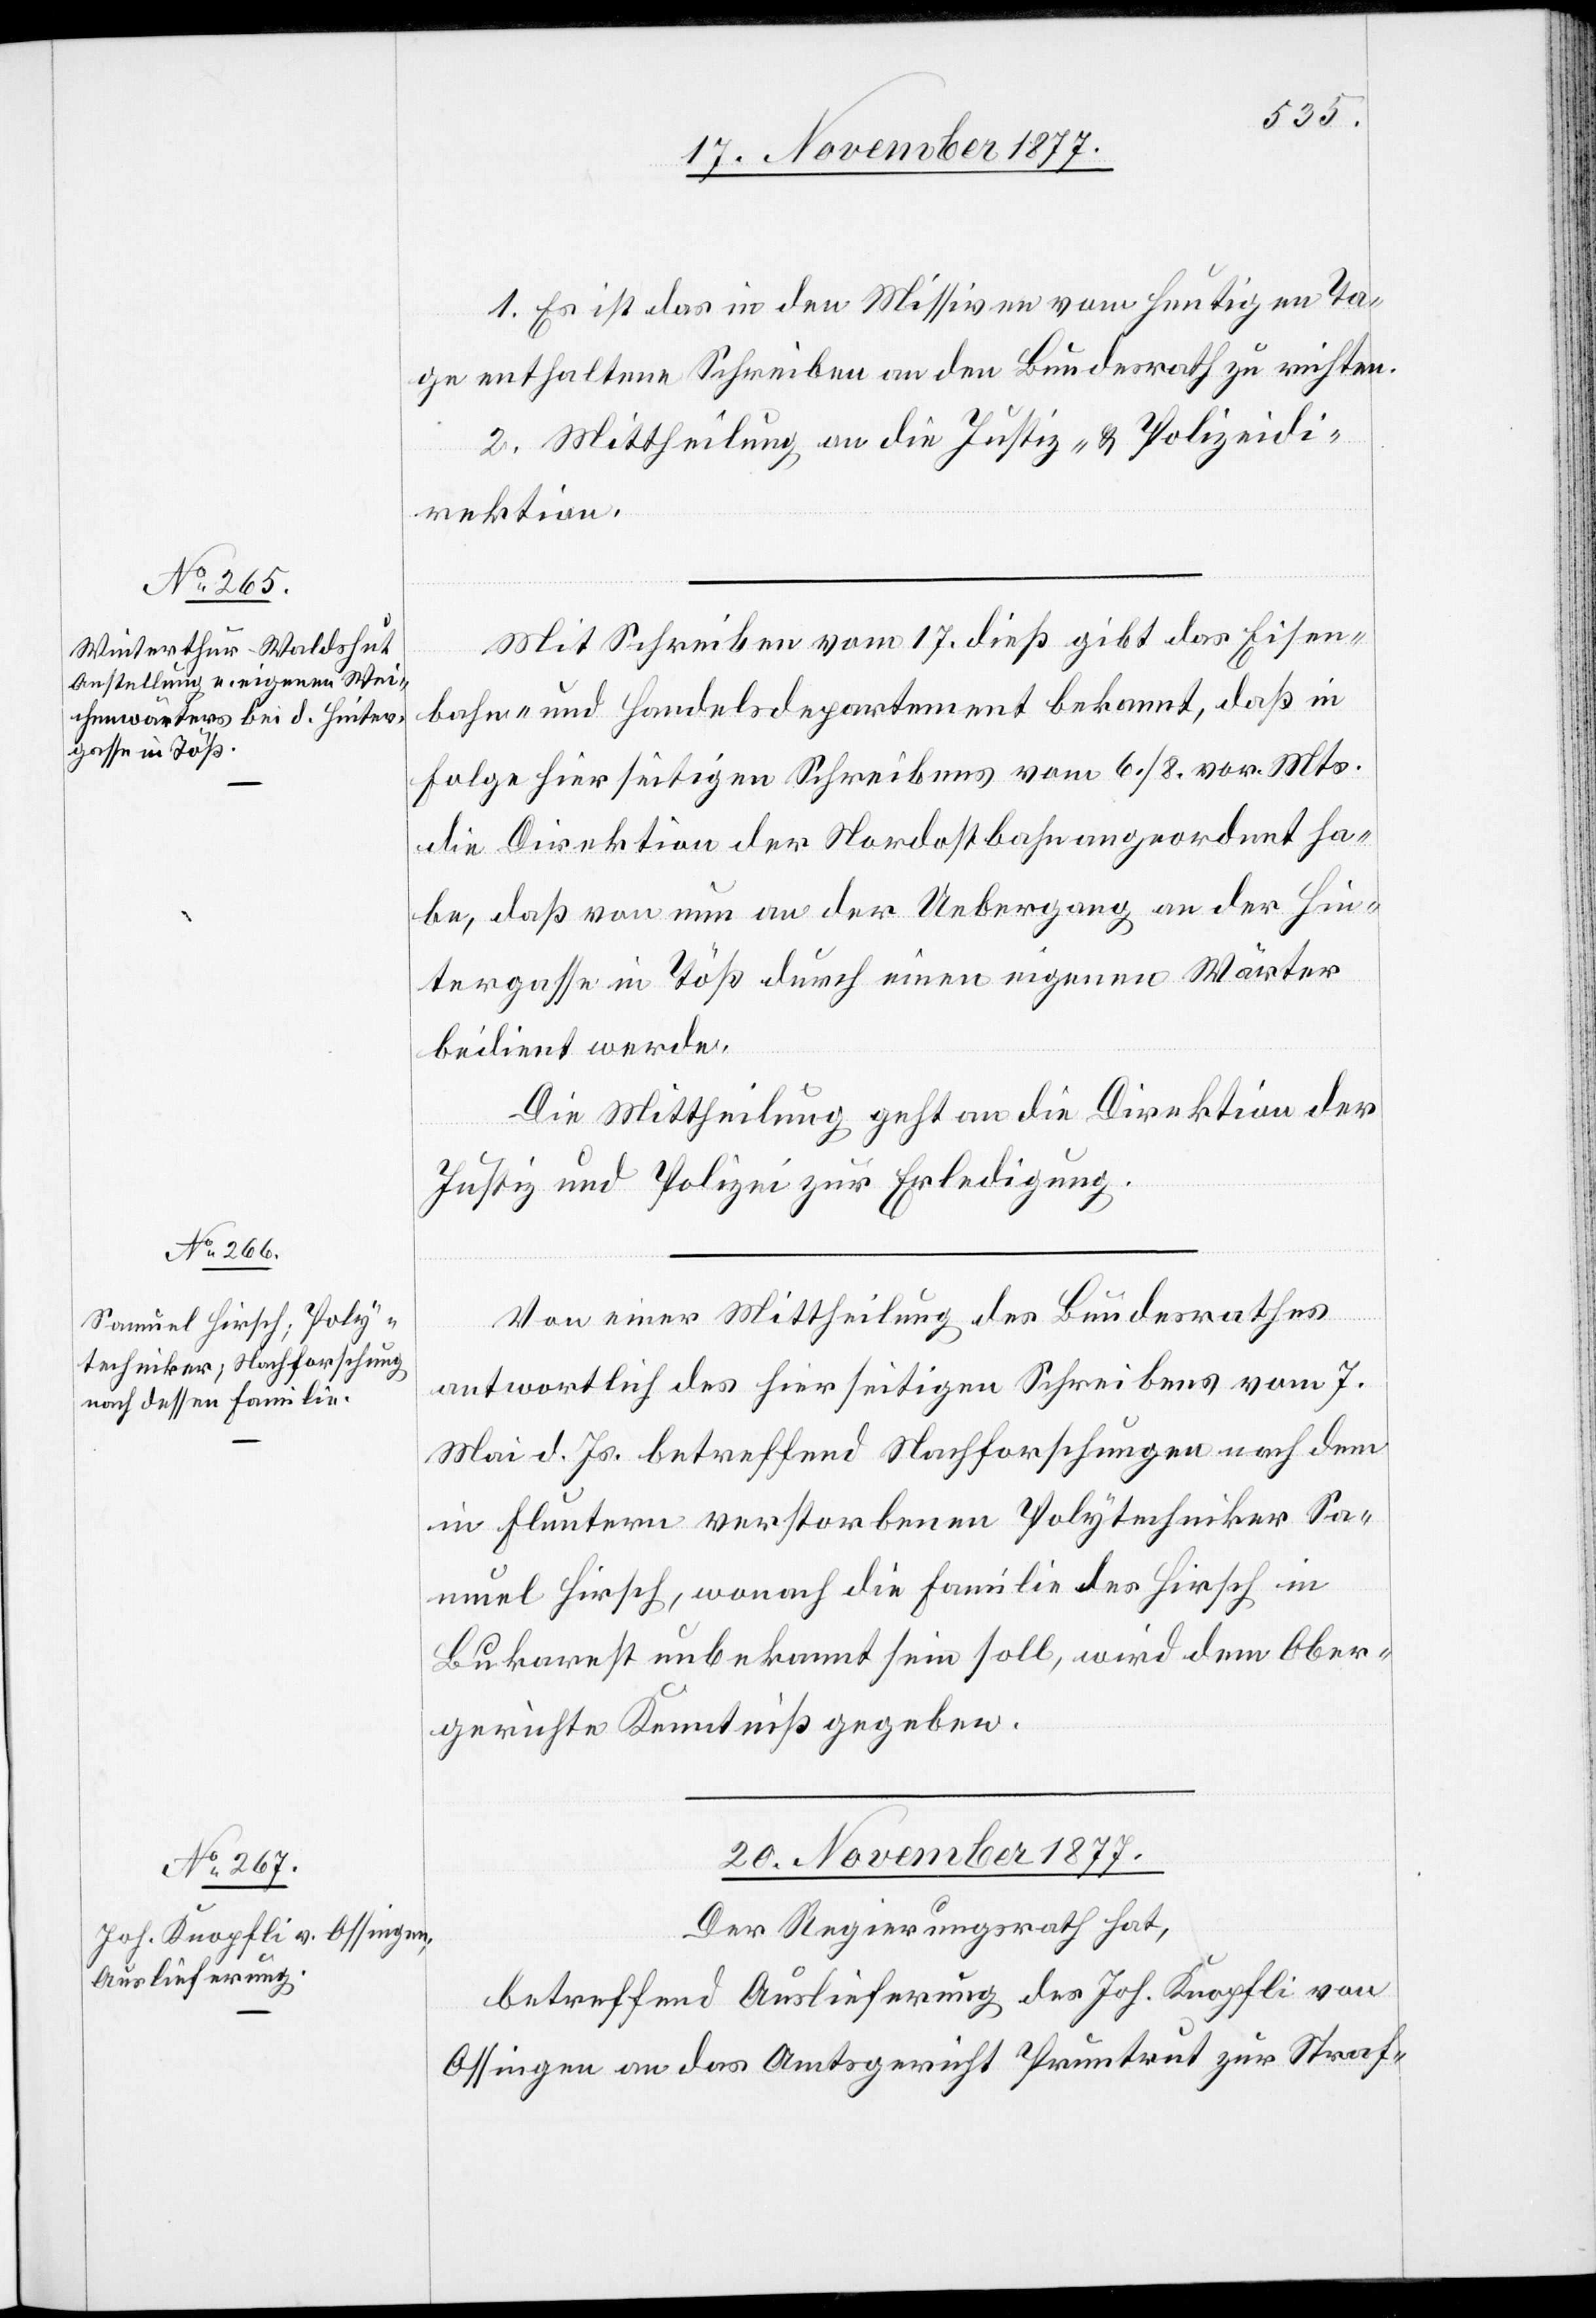
1. Es ist das in den Missiven vom heutigen Ta¬
ge enthaltene Schreiben an den Bundesrath zu richten.
2. Mittheilung an die Justiz- & Polizeidi¬
rektion.
Mit Schreiben vom 17. dieß gibt das Eisen¬
bahn- und Handelsdepartement bekannt, daß in
Folge hierseitigen Schreibens vom 6./8. vor. Mts.
die Direktion der Nordostbahn angeordnet ha¬
be, daß von nun an der Uebergang an der Hin¬
tergasse in Töß durch einen eigenen Wärter
bedient werde.
Die Mittheilung geht an die Direktion der
Justiz und Polizei zur Erledigung.
Von einer Mittheilung des Bundesrathes
antwortlich des hierseitigen Schreibens vom 7.
Mai d. Js. betreffend Nachforschungen nach dem
in Fluntern verstorbenen Polytechniker Sa¬
muel Hirsch, wonach die Familie des Hirsch in
Bukarest unbekannt sein soll, wird dem Ober¬
gerichte Kenntniß gegeben.
20. November 1877.
Der Regierungsrath hat,
betreffend Auslieferung des Joh. Knopfli von
Ossingen an das Amtsgericht Pruntrut zur Straf-